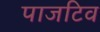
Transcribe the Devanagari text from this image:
पाजटिव